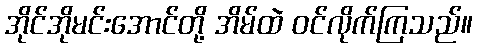
အိုင်အိုမင်းအောင်တို့ အိမ်ထဲ ဝင်လိုက်ကြသည်။